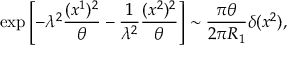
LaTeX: \exp \left[ - \lambda ^ { 2 } \frac { ( x ^ { 1 } ) ^ { 2 } } { \theta } - \frac { 1 } { \lambda ^ { 2 } } \frac { ( x ^ { 2 } ) ^ { 2 } } { \theta } \right] \sim \frac { \pi \theta } { 2 \pi R _ { 1 } } \delta ( x ^ { 2 } ) ,